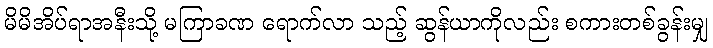
မိမိအိပ်ရာအနီးသို့ မကြာခဏ ရောက်လာ သည့် ဆွန်ယာကိုလည်း စကားတစ်ခွန်းမျှ